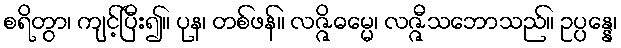
စရိတွာ၊ ကျင့်ပြီး၍။ ပုန၊ တစ်ဖန်။ လဇ္ဇိဓမ္မေ၊ လဇ္ဇီသဘောသည်။ ဥပ္ပန္နေ၊